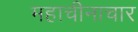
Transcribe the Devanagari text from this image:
महाचीनाचार